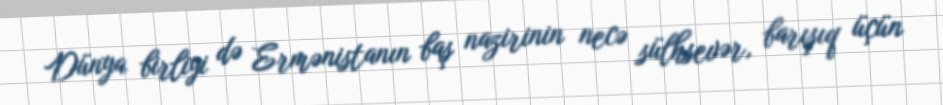
Dünya birliyi də Ermənistanın baş nazirinin necə sülhsevər, barışıq üçün